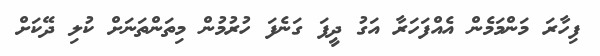
ފިހާރަ މަންމަމެން އެއްފަހަރާ އަގު ދީފަ ގަނެފަ ހުރުމުން މިތަންތަނަށް ކުލި ދޭކަށް